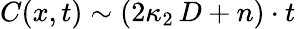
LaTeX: C(x,t)\sim(2\kappa_{2}\, D+n)\cdot t